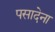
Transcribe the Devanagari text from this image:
पसादेना